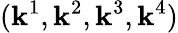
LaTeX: (\mathbf{k}^{1},\mathbf{k}^{2},\mathbf{k}^{3},\mathbf{k}^{4})